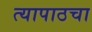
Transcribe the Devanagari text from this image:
त्यापाठचा